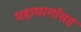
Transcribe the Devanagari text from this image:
महामार्गासह